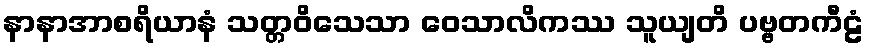
နာနာအာစရိယာနံ သတ္တဝိသေသာ ဝေသာလိကဿ သူယျတိ ပဗ္ဗတကီဠံ